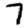
Digit: 7